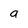
Character: a